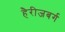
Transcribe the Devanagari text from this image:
हैरीजबर्ग